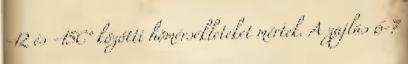
-12 és -15C° közötti hõmérsékleteket mértek. A zajlás 6-7